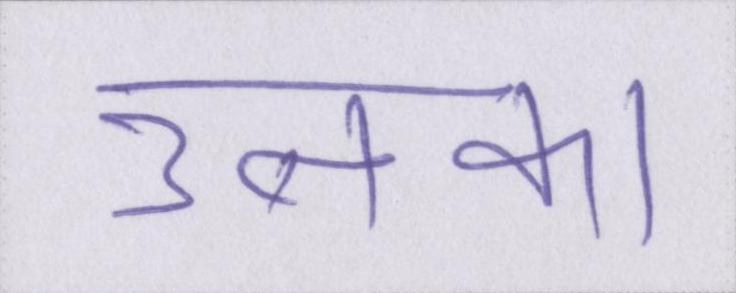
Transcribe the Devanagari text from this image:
उनका